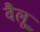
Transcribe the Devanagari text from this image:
वैलू